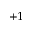
+ 1